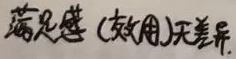
满足感 (效用) 差异